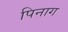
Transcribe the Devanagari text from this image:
पिनाग